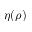
\eta ( \rho )